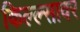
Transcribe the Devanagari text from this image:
किल्ल्सावर